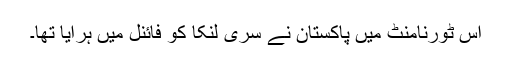
اس ٹورنامنٹ میں پاکستان نے سری لنکا کو فائنل میں ہرایا تھا۔